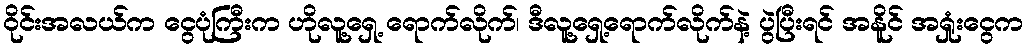
ဝိုင်းအလယ်က ငွေပုံကြီးက ဟိုလူ့ရှေ့ ရောက်လိုက်၊ ဒီလူ့ရှေ့ရောက်လိုက်နဲ့ ပွဲပြီးရင် အနိူင် အရှုံးငွေက